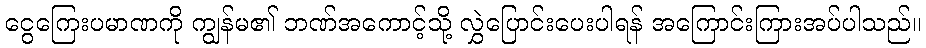
ငွေကြေးပမာဏကို ကျွန်မ၏ ဘဏ်အကောင့်သို့ လွှဲပြောင်းပေးပါရန် အကြောင်းကြားအပ်ပါသည်။